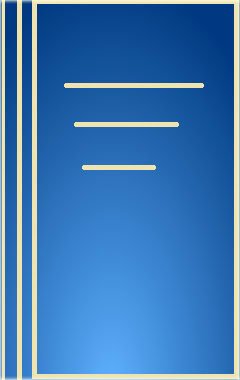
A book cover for Cardiotonic Drugs: A Clinical Review (Fundamental and Clinical Cardiology); Medical Books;